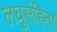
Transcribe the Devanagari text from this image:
लघुसंहिता